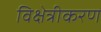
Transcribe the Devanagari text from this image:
विक्षेत्रीकरण